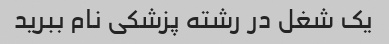
یک شغل در رشته پزشکی نام ببرید